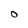
Character: O